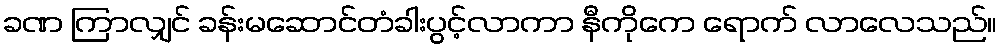
ခဏ ကြာလျှင် ခန်းမဆောင်တံခါးပွင့်လာကာ နီကိုကေ ရောက် လာလေသည်။